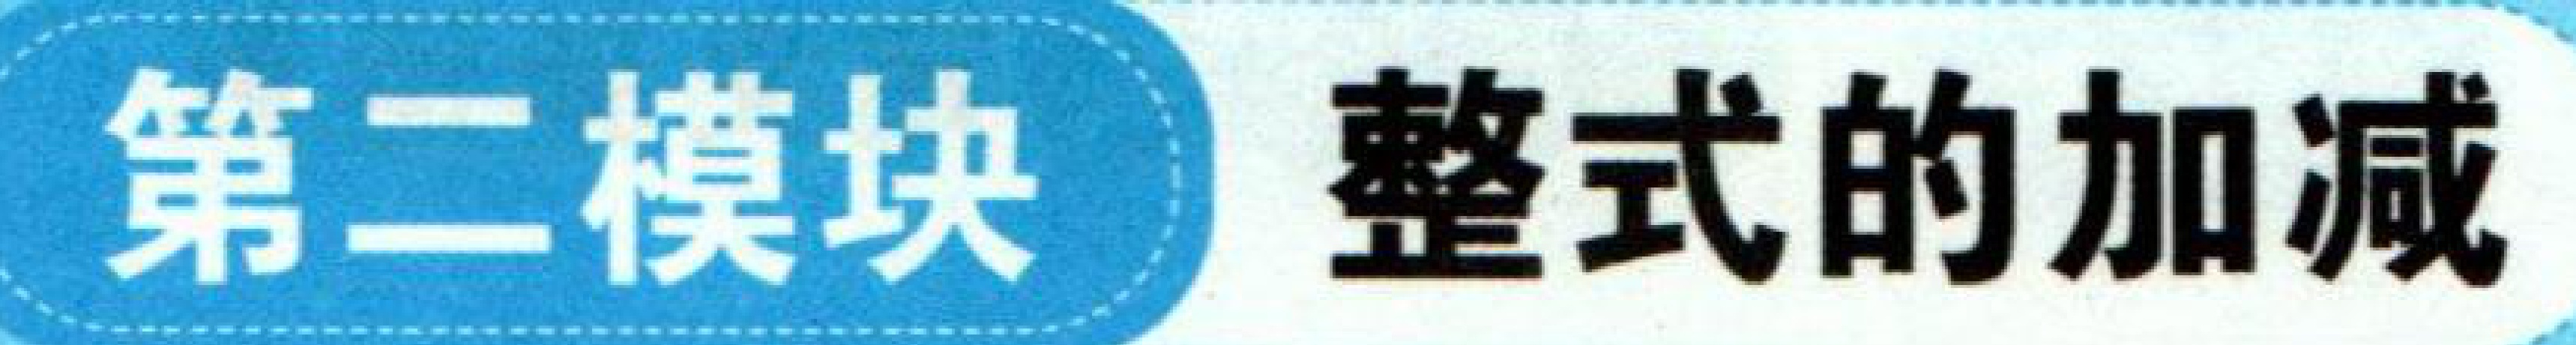
第二模块 整式的加减